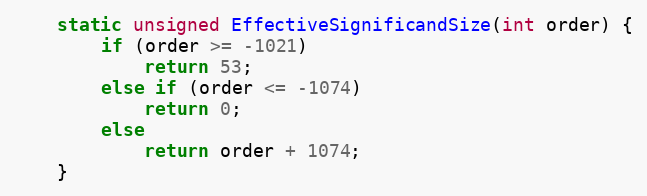
Language: C
    static unsigned EffectiveSignificandSize(int order) {
        if (order >= -1021)
            return 53;
        else if (order <= -1074)
            return 0;
        else
            return order + 1074;
    }